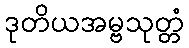
ဒုတိယအမ္ဗသုတ္တံ